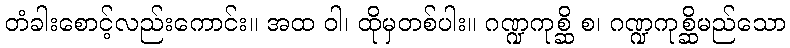
တံခါးစောင့်လည်းကောင်း။ အထ ဝါ၊ ထိုမှတစ်ပါး။ ဂဏ္ဍကုစ္ဆိ စ၊ ဂဏ္ဍကုစ္ဆိမည်သော